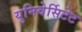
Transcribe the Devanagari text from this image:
युनिवेर्सिटेट